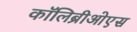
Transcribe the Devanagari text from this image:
कॉलिब्रीओएस